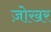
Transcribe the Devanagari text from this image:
ज़ोखर